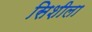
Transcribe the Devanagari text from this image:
सिशीला